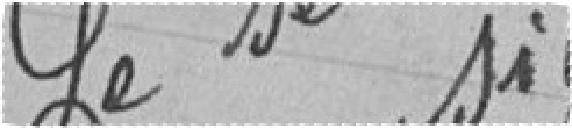
Signé : DUNEVAL